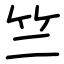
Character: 竺